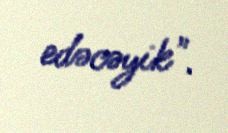
edəcəyik".